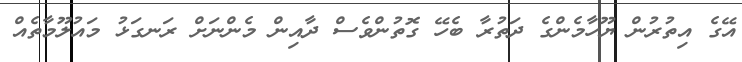
އޭގެ އިތުރުން ޔޫހާމެންގެ ދަތުރާ ބެހޭ ގޮތުންވެސް ދާއިން މެންނަށް ރަނގަޅު މައުލޫމާތެއް